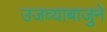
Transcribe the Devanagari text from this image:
उजव्याबाजुने